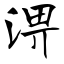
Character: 淠